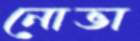
নোভা